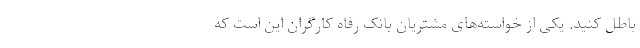
باطل کنید. یکی از خواسته‌های مشتریان بانک رفاه کارگران این است که